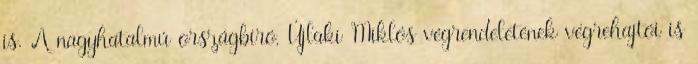
is. A nagyhatalmú országbíró, Újlaki Miklós végrendeletének végrehajtói is